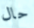
حال